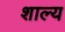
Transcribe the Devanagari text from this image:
शाल्य